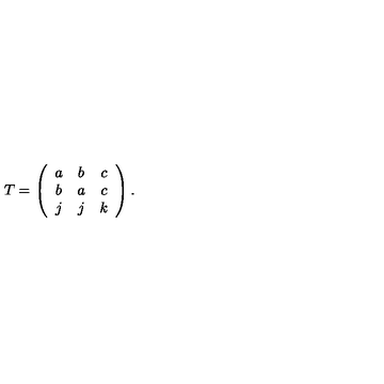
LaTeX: T = \left( \begin{array} { c c c } { a } & { b } & { c } \\ { b } & { a } & { c } \\ { j } & { j } & { k } \\ \end{array} \right) .